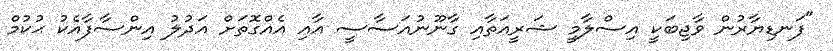
"ފަނޑިޔާރުން ވާޖިބަކީ އިސްލާމީ ޝަރީއަތާއި ގާނޫނުއަސާސީ އާއި އެއްގޮތަށް އަދުލު އިންސާފާއެކު ޙުކުމް